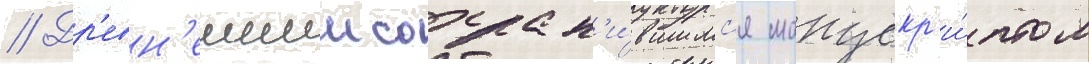
// Др'евн'еишим сохран'и́вшимс'я манускр'и́птом